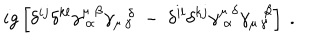
i g \left[ \delta ^ { i j } \delta ^ { k l } \gamma _ { ~ \alpha } ^ { \mu ~ \beta } \gamma _ { \mu \, \gamma } ^ { \delta } ~ - ~ \delta ^ { i l } \delta ^ { k j } \gamma _ { ~ \alpha } ^ { \mu ~ \delta } \gamma _ { \mu \, \gamma } ^ { \beta } \right] ~ .